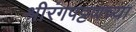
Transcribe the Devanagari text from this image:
श्रीरंगपट्टणच्या